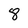
Character: 8